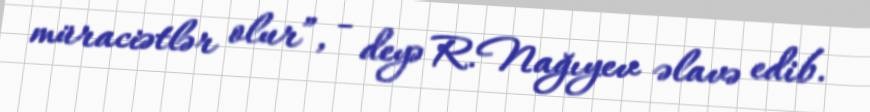
müraciətlər olur”, - deyə R.Nağıyev əlavə edib.